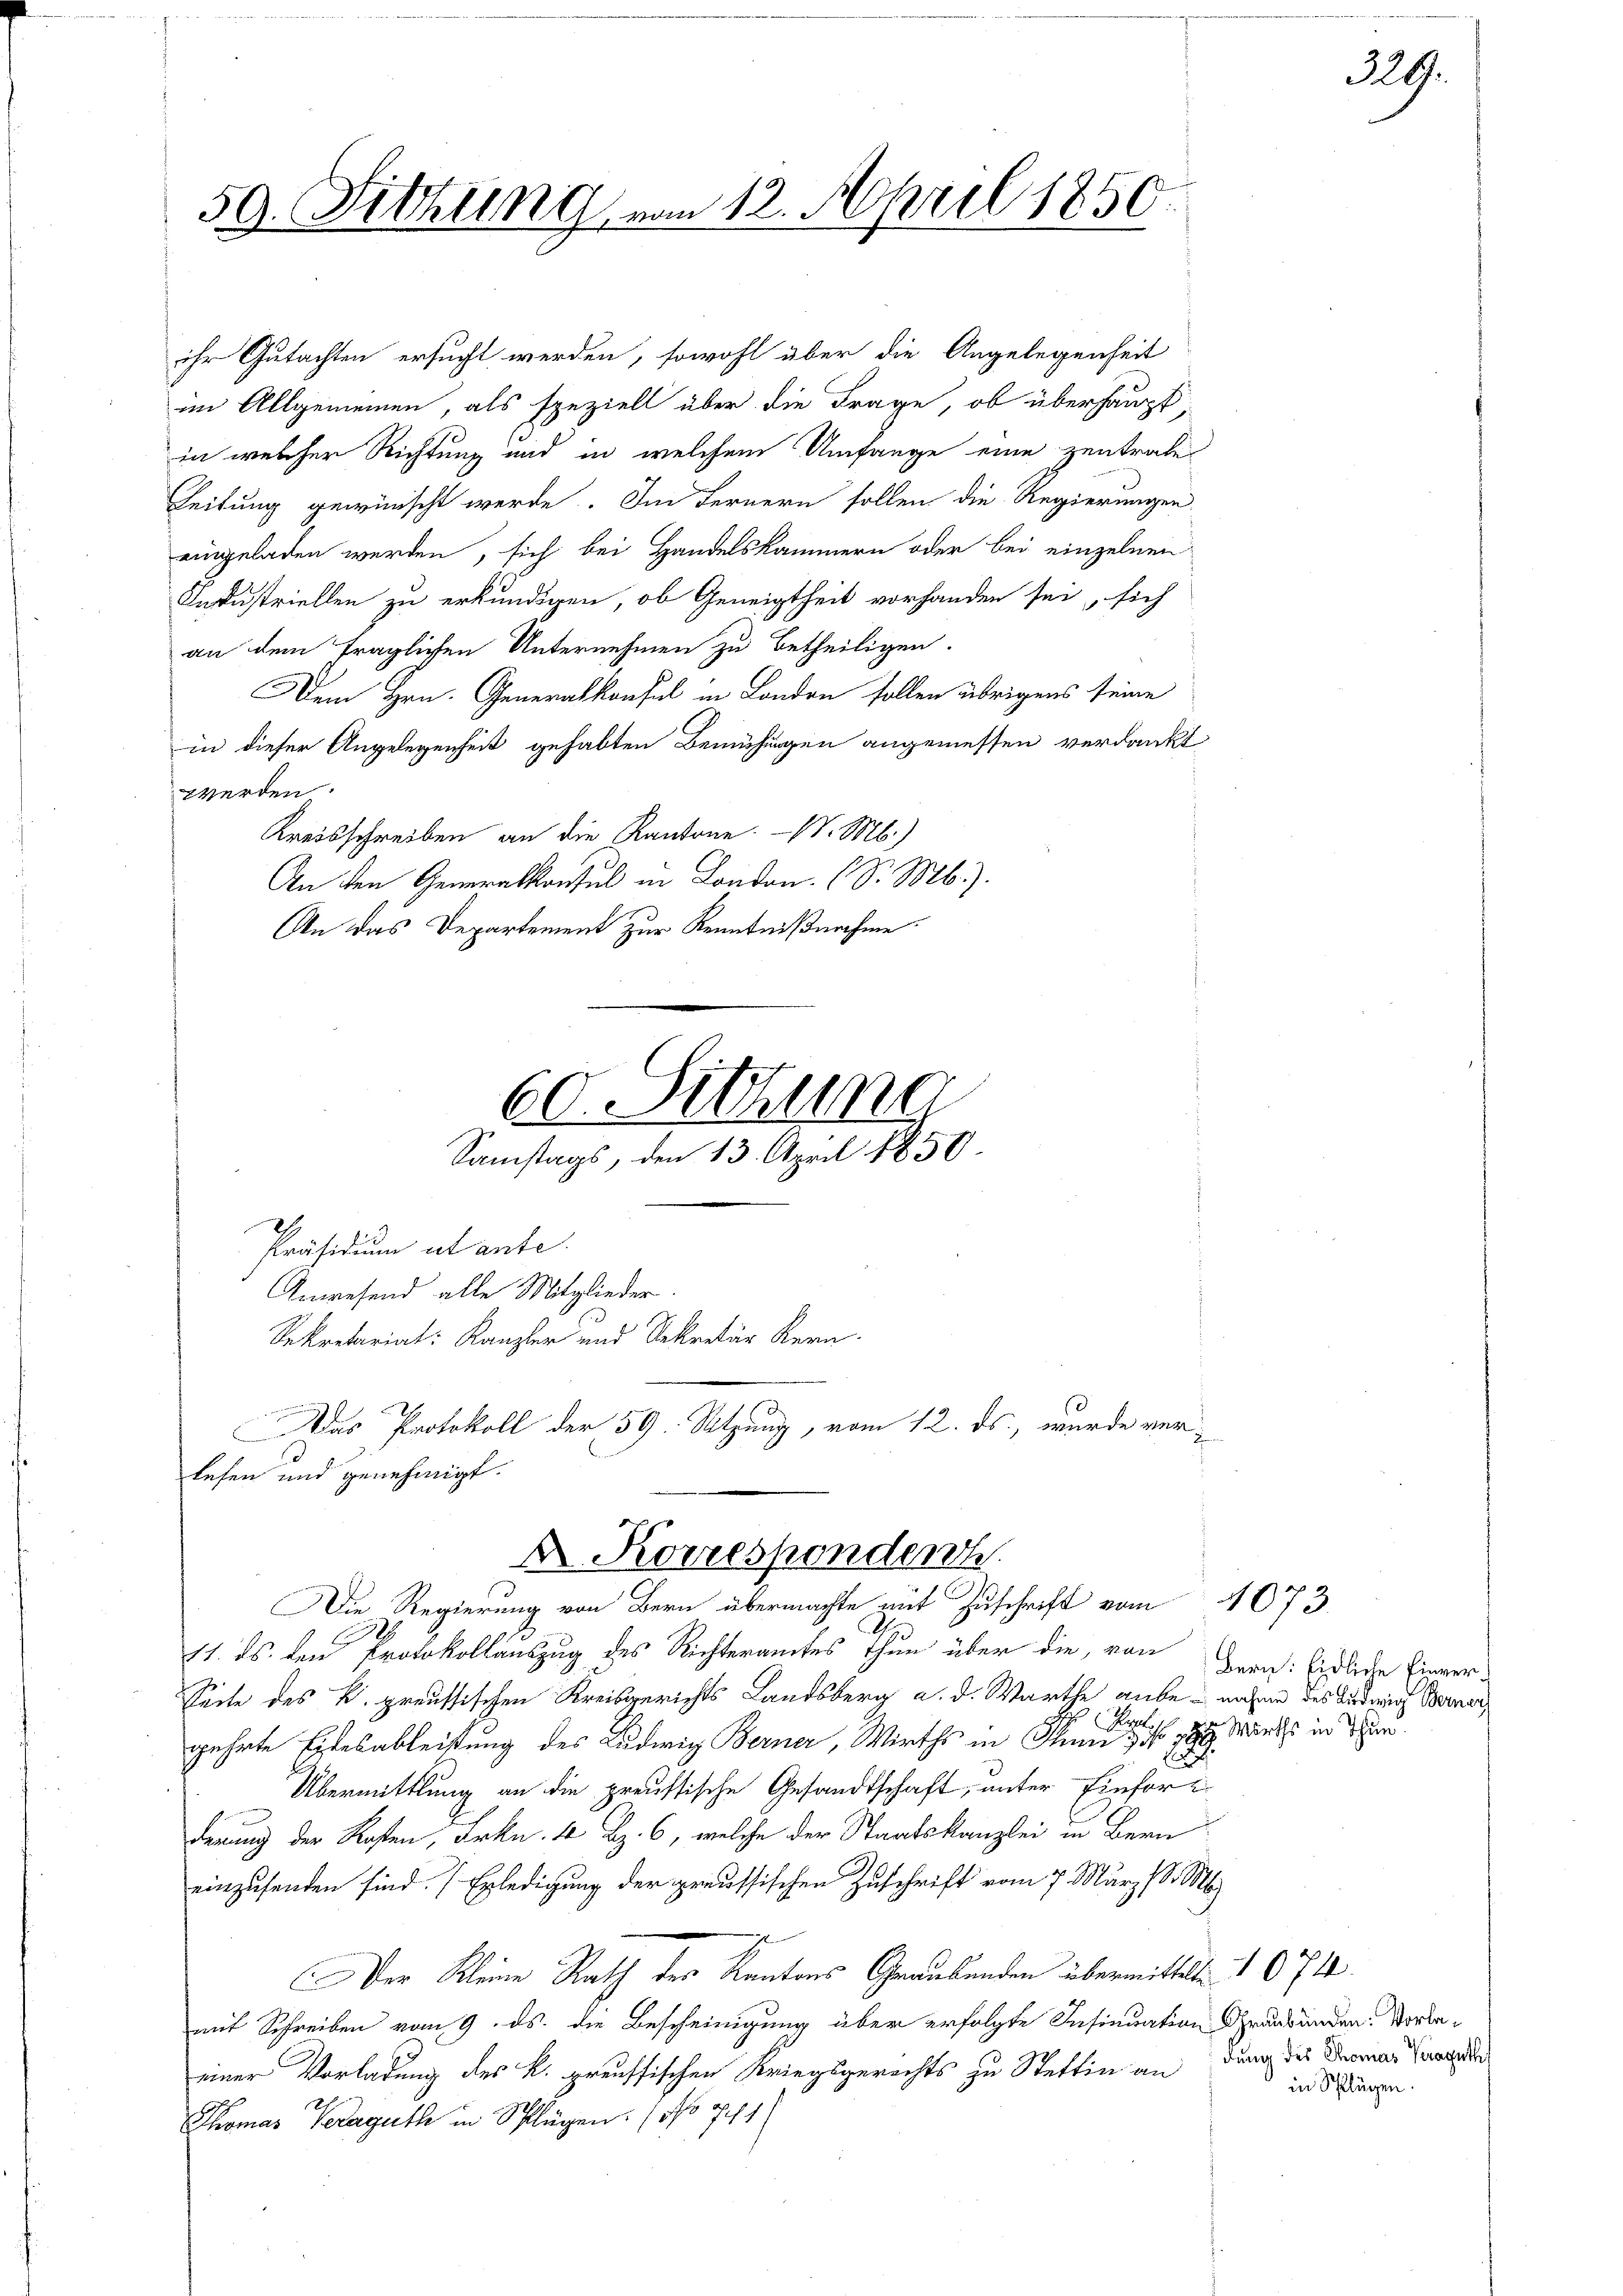
ihr Gutachten ersucht werden, sowohl über die Angelegenheit
im Allgemeinen, als speziell über die Frage, ob überhaupt,
in welcher Richtung und in welchem Umfange eine zentrate
Leitung gewünscht werde. Im Fernern sollen die Regierungen
eingeladen werden, sich bei Handelskammern oder bei einzelnen
Industriellen zu erkundigen, ob Geneigtheit vorhanden sei, sich
an dem fraglichen Unternehmen zu betheiligen.
Dem Hrn. Generalkonsul in London sollen übrigens seine
in dieser Angelegenheit gehabten Bemühungen angemessen verdankt
werden
Kreisschreiben an die Kantone. - . Mb.)
An den Generalkonsul in London. (S. Mb.).
An das Departement zur Kenntnißnahme.
Präsidium ut ante.
Anwesend alle Mitglieder.
Sekretariat: Kanzler und Sekretär Kern
e
Das Protokoll der 59. Sitzung, vom 12. ds., wurde verlesen und genehmigt.
A Korrespondenh
Die Regierung von Bern übermachte mit Zuschrift vom 4073.
11. ds. den Protokollauszug des Richteramtes Thun über die, von
Seite des K. preussischen Kreisgerichts Landsberg a. d. Warthe, gube nahme des Ludwig Berner,
gehrte Eidesableitung des Ludwig Berner, Wirths in Gemeines Man in den
Übermittlung an die preussische Gesandtschaft, unter Einfortderung der Kosten, Frkn. 40 Rp. 6, welche der Staatskanzlei in Bern
einzusenden sind. Erledigung der preussischen Zuschrift vom 7. März d. Mt
Der Kleine Rath der Kantons Graubünden übermittelte
mit Schreiben vom 9. ds. die Bescheinigung über erfolgte Insinuation Graubünden. Vorbeeiner Vorladung des k. preussischen Kriegsgerichts zu Stettin andung des Thomas Verorde
Thomas Verarguth in Splügen. (No 741

59. Fithung von 12. April 1850.

60. Sitzung
Samstags, den 13. April 1850.

Bern: Eidliche Einver¬

229.

1074.
in Splügen.